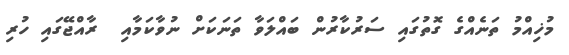
މުޚިއްމު ތަނެއްގެ ގޮތުގައި ސަރުކާރުން ބައްލަވާ ތަނަކަށް ނުވާކަމާއި  ރާއްޖޭގައި ހުރި